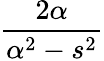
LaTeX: \frac{2\alpha}{\alpha^{2}-s^{2}}